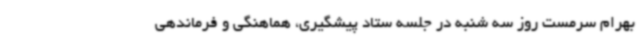
بهرام سرمست روز سه شنبه در جلسه ستاد پیشگیری، هماهنگی و فرماندهی